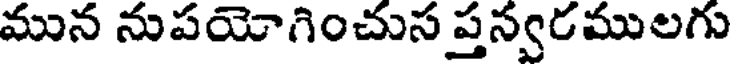
మున నుపయోగించుస ప్తన్వరములగు